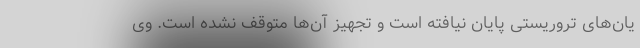
یان‌های تروریستی پایان نیافته است و تجهیز آن‌ها متوقف نشده است. وی